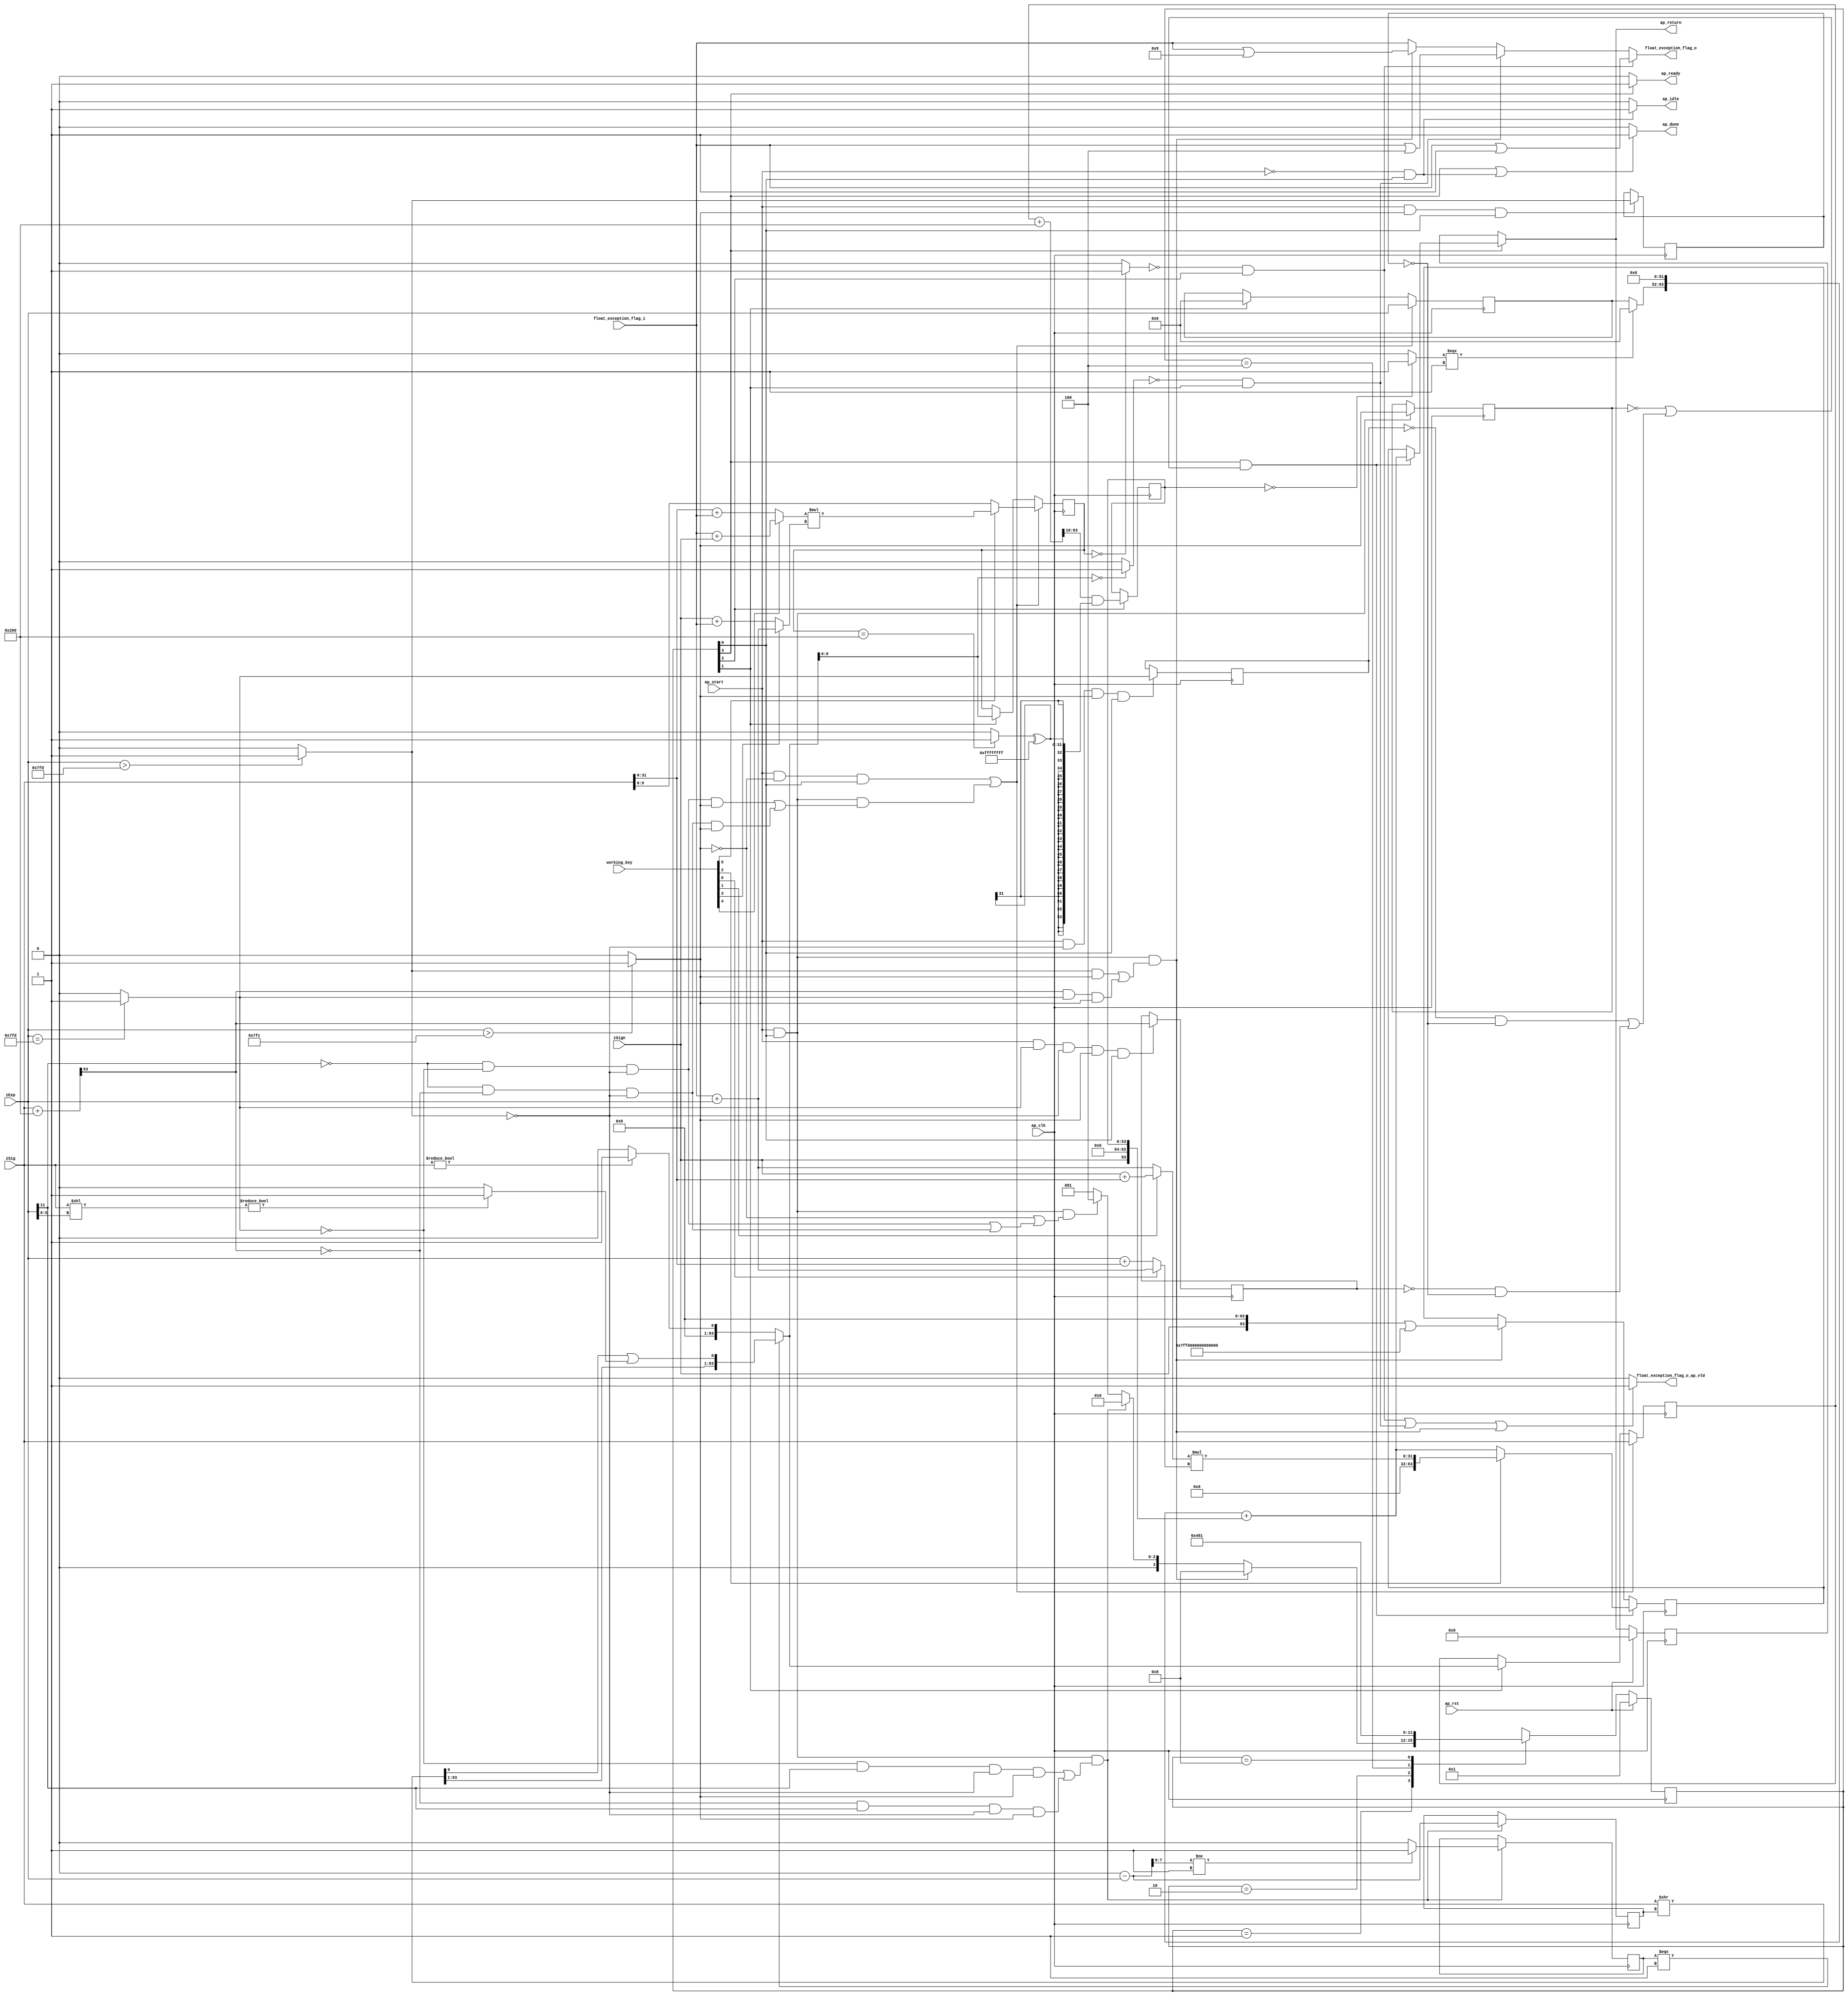

module roundAndPackFloat64
(
  ap_clk,
  ap_rst,
  ap_start,
  ap_done,
  ap_idle,
  ap_ready,
  zSign,
  zExp,
  zSig,
  float_exception_flag_i,
  float_exception_flag_o,
  float_exception_flag_o_ap_vld,
  ap_return,
  working_key
);

  parameter ap_ST_fsm_state1 = 4'd1;
  parameter ap_ST_fsm_state2 = 4'd2;
  parameter ap_ST_fsm_state3 = 4'd4;
  parameter ap_ST_fsm_state4 = 4'd8;
  input ap_clk;
  input ap_rst;
  input ap_start;
  output ap_done;
  output ap_idle;
  output ap_ready;
  input [0:0] zSign;
  input [11:0] zExp;
  input [63:0] zSig;
  input [31:0] float_exception_flag_i;
  output [31:0] float_exception_flag_o;
  output float_exception_flag_o_ap_vld;
  output [63:0] ap_return;
  reg ap_done;
  reg ap_idle;
  reg ap_ready;
  reg [31:0] float_exception_flag_o;
  reg float_exception_flag_o_ap_vld;
  reg [63:0] ap_return;
  reg [3:0] ap_CS_fsm;
  wire ap_CS_fsm_state1;
  wire [9:0] roundBits_fu_143_p1;
  wire [0:0] tmp_s_fu_147_p2;
  reg [0:0] tmp_s_reg_450;
  wire [0:0] tmp_24_fu_153_p2;
  reg [0:0] tmp_24_reg_454;
  wire [0:0] tmp_25_fu_159_p2;
  reg [0:0] tmp_25_reg_458;
  wire [0:0] tmp_56_fu_171_p3;
  reg [0:0] tmp_56_reg_462;
  wire [11:0] count_assign_fu_187_p2;
  reg [11:0] count_assign_reg_469;
  wire [0:0] tmp_57_fu_179_p3;
  wire [0:0] icmp_fu_203_p2;
  reg [0:0] icmp_reg_474;
  wire [63:0] tmp_74_i9_fu_229_p2;
  wire [63:0] z_6_fu_298_p3;
  wire ap_CS_fsm_state2;
  wire [9:0] roundBits_2_fu_305_p1;
  wire [53:0] zSig_assign_2_fu_381_p2;
  reg [53:0] zSig_assign_2_reg_500;
  wire ap_CS_fsm_state3;
  reg [63:0] zSig_assign1_reg_94;
  reg [11:0] zExp_assign_1_reg_105;
  reg [9:0] roundBits_1_reg_119;
  reg [63:0] ap_phi_mux_p_0_phi_fu_133_p4;
  reg [63:0] p_0_reg_130;
  wire [63:0] tmp_74_i8_fu_416_p2;
  wire ap_CS_fsm_state4;
  wire [0:0] tmp_29_fu_309_p2;
  wire [0:0] tmp_30_fu_327_p2;
  wire [31:0] float_exception_flag_9_fu_209_p2;
  wire [31:0] float_exception_flag_1_fu_315_p2;
  wire [31:0] tmp_31_fu_333_p2;
  wire [63:0] tmp_26_fu_165_p2;
  wire [1:0] tmp_58_fu_193_p4;
  wire [63:0] tmp_i_fu_221_p3;
  wire [63:0] tmp_37_i_fu_235_p1;
  wire [5:0] tmp_59_fu_243_p1;
  wire [63:0] tmp_41_i_fu_246_p1;
  wire [63:0] tmp_42_i_fu_250_p2;
  wire [63:0] tmp_38_i_fu_238_p2;
  wire [0:0] tmp_60_fu_261_p1;
  wire [0:0] tmp_43_i_fu_255_p2;
  wire [62:0] tmp_3_i_fu_271_p4;
  wire [0:0] tmp_2_i_fu_265_p2;
  wire [0:0] tmp_44_i_fu_289_p2;
  wire [63:0] z_fu_281_p3;
  wire [63:0] z_2_fu_294_p1;
  wire [63:0] tmp_32_fu_345_p2;
  wire [0:0] tmp_33_fu_361_p2;
  wire [31:0] tmp_34_fu_367_p1;
  wire [31:0] tmp_35_fu_371_p2;
  wire [53:0] zSig_assign_1_cast_fu_351_p4;
  wire signed [53:0] tmp_53_cast_fu_377_p1;
  wire [0:0] tmp_36_fu_387_p2;
  wire [11:0] tmp_fu_392_p3;
  wire [63:0] tmp_72_i_fu_400_p3;
  wire [63:0] tmp_73_i_fu_408_p4;
  reg [63:0] ap_return_preg;
  reg [3:0] ap_NS_fsm;
  wire [31:0] temp116;
  wire [31:0] temp118;
  wire [31:0] temp119;
  wire [31:0] temp120;
  wire [31:0] temp122;
  wire [31:0] temp123;
  input [17:12] working_key;

  initial begin
    #0 ap_CS_fsm = 4'd1;
    #0 ap_return_preg = 64'd0;
  end


  always @(posedge ap_clk) begin
    if(ap_rst == 1'b1) begin
      ap_CS_fsm <= ap_ST_fsm_state1;
    end else begin
      ap_CS_fsm <= ap_NS_fsm;
    end
  end


  always @(posedge ap_clk) begin
    if(ap_rst == 1'b1) begin
      ap_return_preg <= 64'd0;
    end else begin
      if(1'b1 == ap_CS_fsm_state4) begin
        ap_return_preg <= ap_phi_mux_p_0_phi_fu_133_p4;
      end 
    end
  end


  always @(posedge ap_clk) begin
    if((1'b1 == ap_CS_fsm_state4) & ((tmp_s_reg_450 == 1'd0) | ((tmp_25_reg_458 == 1'd0) & (tmp_24_reg_454 == 1'd0) | (tmp_56_reg_462 == 1'd0) & (tmp_24_reg_454 == 1'd0)))) begin
      if(working_key[14] == 1'b1) begin
        p_0_reg_130 <= temp116;
      end else begin
        p_0_reg_130 <= tmp_74_i8_fu_416_p2;
      end
    end else if((ap_start == 1'b1) & (1'b1 == ap_CS_fsm_state1) & ((tmp_24_fu_153_p2 == 1'd1) & (tmp_s_fu_147_p2 == 1'd1) | (tmp_56_fu_171_p3 == 1'd1) & (tmp_25_fu_159_p2 == 1'd1) & (tmp_s_fu_147_p2 == 1'd1))) begin
      p_0_reg_130 <= tmp_74_i9_fu_229_p2;
    end 
  end


  always @(posedge ap_clk) begin
    if((ap_start == 1'b1) & (tmp_s_fu_147_p2 == 1'd0) & (1'b1 == ap_CS_fsm_state1) | (ap_start == 1'b1) & (1'b1 == ap_CS_fsm_state1) & ((tmp_57_fu_179_p3 == 1'd0) & (tmp_25_fu_159_p2 == 1'd0) & (tmp_24_fu_153_p2 == 1'd0) & (tmp_s_fu_147_p2 == 1'd1) | (tmp_57_fu_179_p3 == 1'd0) & (tmp_56_fu_171_p3 == 1'd0) & (tmp_24_fu_153_p2 == 1'd0) & (tmp_s_fu_147_p2 == 1'd1))) begin
      if(working_key[17] == 1'b1) begin
        roundBits_1_reg_119 <= temp120;
      end else begin
        roundBits_1_reg_119 <= roundBits_fu_143_p1;
      end
    end else if(1'b1 == ap_CS_fsm_state2) begin
      roundBits_1_reg_119 <= roundBits_2_fu_305_p1;
    end 
  end


  always @(posedge ap_clk) begin
    if((ap_start == 1'b1) & (tmp_s_fu_147_p2 == 1'd0) & (1'b1 == ap_CS_fsm_state1) | (ap_start == 1'b1) & (1'b1 == ap_CS_fsm_state1) & ((tmp_57_fu_179_p3 == 1'd0) & (tmp_25_fu_159_p2 == 1'd0) & (tmp_24_fu_153_p2 == 1'd0) & (tmp_s_fu_147_p2 == 1'd1) | (tmp_57_fu_179_p3 == 1'd0) & (tmp_56_fu_171_p3 == 1'd0) & (tmp_24_fu_153_p2 == 1'd0) & (tmp_s_fu_147_p2 == 1'd1))) begin
      zExp_assign_1_reg_105 <= zExp;
    end else if(1'b1 == ap_CS_fsm_state2) begin
      zExp_assign_1_reg_105 <= 12'd0;
    end 
  end


  always @(posedge ap_clk) begin
    if((ap_start == 1'b1) & (tmp_s_fu_147_p2 == 1'd0) & (1'b1 == ap_CS_fsm_state1) | (ap_start == 1'b1) & (1'b1 == ap_CS_fsm_state1) & ((tmp_57_fu_179_p3 == 1'd0) & (tmp_25_fu_159_p2 == 1'd0) & (tmp_24_fu_153_p2 == 1'd0) & (tmp_s_fu_147_p2 == 1'd1) | (tmp_57_fu_179_p3 == 1'd0) & (tmp_56_fu_171_p3 == 1'd0) & (tmp_24_fu_153_p2 == 1'd0) & (tmp_s_fu_147_p2 == 1'd1))) begin
      zSig_assign1_reg_94 <= zSig;
    end else if(1'b1 == ap_CS_fsm_state2) begin
      zSig_assign1_reg_94 <= z_6_fu_298_p3;
    end 
  end


  always @(posedge ap_clk) begin
    if((ap_start == 1'b1) & (1'b1 == ap_CS_fsm_state1) & ((tmp_25_fu_159_p2 == 1'd0) & (tmp_57_fu_179_p3 == 1'd1) & (tmp_24_fu_153_p2 == 1'd0) & (tmp_s_fu_147_p2 == 1'd1) | (tmp_56_fu_171_p3 == 1'd0) & (tmp_57_fu_179_p3 == 1'd1) & (tmp_24_fu_153_p2 == 1'd0) & (tmp_s_fu_147_p2 == 1'd1))) begin
      count_assign_reg_469 <= count_assign_fu_187_p2;
      icmp_reg_474 <= icmp_fu_203_p2;
    end 
  end


  always @(posedge ap_clk) begin
    if((ap_start == 1'b1) & (tmp_s_fu_147_p2 == 1'd1) & (1'b1 == ap_CS_fsm_state1)) begin
      tmp_24_reg_454 <= tmp_24_fu_153_p2;
    end 
  end


  always @(posedge ap_clk) begin
    if((ap_start == 1'b1) & (tmp_24_fu_153_p2 == 1'd0) & (tmp_s_fu_147_p2 == 1'd1) & (1'b1 == ap_CS_fsm_state1)) begin
      tmp_25_reg_458 <= tmp_25_fu_159_p2;
    end 
  end


  always @(posedge ap_clk) begin
    if((ap_start == 1'b1) & (tmp_25_fu_159_p2 == 1'd1) & (tmp_24_fu_153_p2 == 1'd0) & (tmp_s_fu_147_p2 == 1'd1) & (1'b1 == ap_CS_fsm_state1)) begin
      tmp_56_reg_462 <= tmp_26_fu_165_p2[32'd63];
    end 
  end


  always @(posedge ap_clk) begin
    if((ap_start == 1'b1) & (1'b1 == ap_CS_fsm_state1)) begin
      tmp_s_reg_450 <= tmp_s_fu_147_p2;
    end 
  end


  always @(posedge ap_clk) begin
    if(1'b1 == ap_CS_fsm_state3) begin
      zSig_assign_2_reg_500 <= zSig_assign_2_fu_381_p2;
    end 
  end


  always @(*) begin
    if((1'b1 == ap_CS_fsm_state4) | (ap_start == 1'b0) & (1'b1 == ap_CS_fsm_state1)) begin
      ap_done = 1'b1;
    end else begin
      ap_done = 1'b0;
    end
  end


  always @(*) begin
    if((ap_start == 1'b0) & (1'b1 == ap_CS_fsm_state1)) begin
      ap_idle = 1'b1;
    end else begin
      ap_idle = 1'b0;
    end
  end


  always @(*) begin
    if((1'b1 == ap_CS_fsm_state4) & ((tmp_s_reg_450 == 1'd0) | ((tmp_25_reg_458 == 1'd0) & (tmp_24_reg_454 == 1'd0) | (tmp_56_reg_462 == 1'd0) & (tmp_24_reg_454 == 1'd0)))) begin
      ap_phi_mux_p_0_phi_fu_133_p4 = tmp_74_i8_fu_416_p2;
    end else begin
      ap_phi_mux_p_0_phi_fu_133_p4 = p_0_reg_130;
    end
  end


  always @(*) begin
    if(1'b1 == ap_CS_fsm_state4) begin
      ap_ready = 1'b1;
    end else begin
      ap_ready = 1'b0;
    end
  end


  always @(*) begin
    if(1'b1 == ap_CS_fsm_state4) begin
      ap_return = ap_phi_mux_p_0_phi_fu_133_p4;
    end else begin
      ap_return = ap_return_preg;
    end
  end


  always @(*) begin
    if((tmp_30_fu_327_p2 == 1'd0) & (1'b1 == ap_CS_fsm_state3)) begin
      float_exception_flag_o = tmp_31_fu_333_p2;
    end else if((tmp_29_fu_309_p2 == 1'd0) & (1'b1 == ap_CS_fsm_state2)) begin
      float_exception_flag_o = float_exception_flag_1_fu_315_p2;
    end else if((ap_start == 1'b1) & (1'b1 == ap_CS_fsm_state1) & ((tmp_24_fu_153_p2 == 1'd1) & (tmp_s_fu_147_p2 == 1'd1) | (tmp_56_fu_171_p3 == 1'd1) & (tmp_25_fu_159_p2 == 1'd1) & (tmp_s_fu_147_p2 == 1'd1))) begin
      float_exception_flag_o = float_exception_flag_9_fu_209_p2;
    end else begin
      float_exception_flag_o = float_exception_flag_i;
    end
  end


  always @(*) begin
    if((tmp_30_fu_327_p2 == 1'd0) & (1'b1 == ap_CS_fsm_state3) | (tmp_29_fu_309_p2 == 1'd0) & (1'b1 == ap_CS_fsm_state2) | (ap_start == 1'b1) & (1'b1 == ap_CS_fsm_state1) & ((tmp_24_fu_153_p2 == 1'd1) & (tmp_s_fu_147_p2 == 1'd1) | (tmp_56_fu_171_p3 == 1'd1) & (tmp_25_fu_159_p2 == 1'd1) & (tmp_s_fu_147_p2 == 1'd1))) begin
      float_exception_flag_o_ap_vld = 1'b1;
    end else begin
      float_exception_flag_o_ap_vld = 1'b0;
    end
  end


  always @(*) begin
    case(ap_CS_fsm)
      ap_ST_fsm_state1: begin
        if((ap_start == 1'b1) & (1'b1 == ap_CS_fsm_state1) & ((tmp_24_fu_153_p2 == 1'd1) & (tmp_s_fu_147_p2 == 1'd1) | (tmp_56_fu_171_p3 == 1'd1) & (tmp_25_fu_159_p2 == 1'd1) & (tmp_s_fu_147_p2 == 1'd1))) begin
          ap_NS_fsm = ap_ST_fsm_state4;
        end else if((ap_start == 1'b1) & (1'b1 == ap_CS_fsm_state1) & ((tmp_25_fu_159_p2 == 1'd0) & (tmp_57_fu_179_p3 == 1'd1) & (tmp_24_fu_153_p2 == 1'd0) & (tmp_s_fu_147_p2 == 1'd1) | (tmp_56_fu_171_p3 == 1'd0) & (tmp_57_fu_179_p3 == 1'd1) & (tmp_24_fu_153_p2 == 1'd0) & (tmp_s_fu_147_p2 == 1'd1))) begin
          ap_NS_fsm = ap_ST_fsm_state2;
        end else if((ap_start == 1'b1) & (1'b1 == ap_CS_fsm_state1) & ((tmp_s_fu_147_p2 == 1'd0) | ((tmp_57_fu_179_p3 == 1'd0) & (tmp_25_fu_159_p2 == 1'd0) & (tmp_24_fu_153_p2 == 1'd0) | (tmp_57_fu_179_p3 == 1'd0) & (tmp_56_fu_171_p3 == 1'd0) & (tmp_24_fu_153_p2 == 1'd0)))) begin
          ap_NS_fsm = ap_ST_fsm_state3;
        end else begin
          ap_NS_fsm = ap_ST_fsm_state1;
        end
      end
      ap_ST_fsm_state2: begin
        ap_NS_fsm = ap_ST_fsm_state3;
      end
      ap_ST_fsm_state3: begin
        ap_NS_fsm = ap_ST_fsm_state4;
      end
      ap_ST_fsm_state4: begin
        ap_NS_fsm = ap_ST_fsm_state1;
      end
      default: begin
        ap_NS_fsm = 'bx;
      end
    endcase
  end

  assign ap_CS_fsm_state1 = ap_CS_fsm[32'd0];
  assign ap_CS_fsm_state2 = ap_CS_fsm[32'd1];
  assign ap_CS_fsm_state3 = ap_CS_fsm[32'd2];
  assign ap_CS_fsm_state4 = ap_CS_fsm[32'd3];
  assign count_assign_fu_187_p2 = 12'd0 - zExp;
  assign float_exception_flag_1_fu_315_p2 = float_exception_flag_i | 32'd4;
  assign float_exception_flag_9_fu_209_p2 = float_exception_flag_i | 32'd9;
  assign icmp_fu_203_p2 = (tmp_58_fu_193_p4 != 2'd1)? 1'b1 : 1'b0;
  assign roundBits_2_fu_305_p1 = z_6_fu_298_p3[9:0];
  assign roundBits_fu_143_p1 = zSig[9:0];
  assign tmp_24_fu_153_p2 = ($signed(zExp) > $signed(12'd2045))? 1'b1 : 1'b0;
  assign tmp_25_fu_159_p2 = (zExp == 12'd2045)? 1'b1 : 1'b0;
  assign tmp_26_fu_165_p2 = zSig + 64'd512;
  assign tmp_29_fu_309_p2 = (roundBits_2_fu_305_p1 == 10'd0)? 1'b1 : 1'b0;
  assign tmp_2_i_fu_265_p2 = tmp_60_fu_261_p1 | tmp_43_i_fu_255_p2;
  assign tmp_30_fu_327_p2 = (roundBits_1_reg_119 == 10'd0)? 1'b1 : 1'b0;
  assign tmp_31_fu_333_p2 = float_exception_flag_i | 32'd1;
  assign tmp_32_fu_345_p2 = zSig_assign1_reg_94 + 64'd512;
  assign tmp_33_fu_361_p2 = (roundBits_1_reg_119 == 10'd512)? 1'b1 : 1'b0;
  assign tmp_34_fu_367_p1 = tmp_33_fu_361_p2;
  assign tmp_35_fu_371_p2 = tmp_34_fu_367_p1 ^ 32'd4294967295;
  assign tmp_36_fu_387_p2 = (zSig_assign_2_reg_500 == 54'd0)? 1'b1 : 1'b0;
  assign tmp_37_i_fu_235_p1 = count_assign_reg_469;
  assign tmp_38_i_fu_238_p2 = zSig >> tmp_37_i_fu_235_p1;
  assign tmp_3_i_fu_271_p4 = { { tmp_38_i_fu_238_p2[63:1] } };
  assign tmp_41_i_fu_246_p1 = tmp_59_fu_243_p1;
  assign tmp_42_i_fu_250_p2 = zSig << tmp_41_i_fu_246_p1;
  assign tmp_43_i_fu_255_p2 = (tmp_42_i_fu_250_p2 != 64'd0)? 1'b1 : 1'b0;
  assign tmp_44_i_fu_289_p2 = (zSig != 64'd0)? 1'b1 : 1'b0;
  assign tmp_53_cast_fu_377_p1 = $signed(tmp_35_fu_371_p2);
  assign tmp_56_fu_171_p3 = tmp_26_fu_165_p2[32'd63];
  assign tmp_57_fu_179_p3 = zExp[32'd11];
  assign tmp_58_fu_193_p4 = { { count_assign_fu_187_p2[7:6] } };
  assign tmp_59_fu_243_p1 = zExp[5:0];
  assign tmp_60_fu_261_p1 = tmp_38_i_fu_238_p2[0:0];
  assign tmp_72_i_fu_400_p3 = { { tmp_fu_392_p3 }, { 52'd0 } };
  assign tmp_73_i_fu_408_p4 = { { { zSign }, { 9'd0 } }, { zSig_assign_2_reg_500 } };
  assign tmp_74_i8_fu_416_p2 = tmp_72_i_fu_400_p3 + tmp_73_i_fu_408_p4;
  assign tmp_74_i9_fu_229_p2 = tmp_i_fu_221_p3 | 64'd9218868437227405312;
  assign tmp_fu_392_p3 = (tmp_36_fu_387_p2[0:0] === 1'b1)? 12'd0 : zExp_assign_1_reg_105;
  assign tmp_i_fu_221_p3 = { { zSign }, { 63'd0 } };
  assign tmp_s_fu_147_p2 = (zExp > 12'd2044)? 1'b1 : 1'b0;
  assign zSig_assign_1_cast_fu_351_p4 = { { tmp_32_fu_345_p2[63:10] } };
  assign zSig_assign_2_fu_381_p2 = zSig_assign_1_cast_fu_351_p4 & tmp_53_cast_fu_377_p1;
  assign z_2_fu_294_p1 = tmp_44_i_fu_289_p2;
  assign z_6_fu_298_p3 = (icmp_reg_474[0:0] === 1'b1)? z_fu_281_p3 : z_2_fu_294_p1;
  assign z_fu_281_p3 = { { tmp_3_i_fu_271_p4 }, { tmp_2_i_fu_265_p2 } };
  assign temp116 = temp118 * temp119;
  assign temp119 = (working_key[12] == 1'b1)? float_exception_flag_i + zExp : zExp + zSig;
  assign temp118 = (working_key[13] == 1'b1)? zSign + zSig : float_exception_flag_i + zExp;
  assign temp120 = temp122 * temp123;
  assign temp123 = (working_key[15] == 1'b1)? float_exception_flag_i + zExp : zSign + float_exception_flag_i;
  assign temp122 = (working_key[16] == 1'b1)? float_exception_flag_i + zSign : zSig + float_exception_flag_i;

endmodule